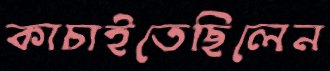
কাচাইতেছিলেন